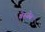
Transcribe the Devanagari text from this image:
बेरजेत